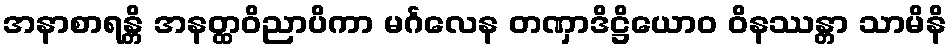
အနာစာရန္တိ အနတ္ထဝိညာပိကာ မင်္ဂလေန တဏှာဒိဋ္ဌိယောဝ ဝိနဿန္တာ သာမိနိ